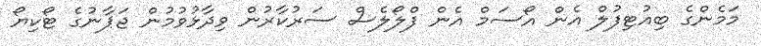
މަމެންގެ ބިއުޓިފުލް އެން އޯސަމް އެން ފްލޯލެސް ސަރުކާރުން ވިދާޅުވުމުން ޖަޕާނުގެ ޓޯކިޔޯ